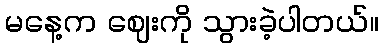
မနေ့က ဈေးကို သွားခဲ့ပါတယ်။